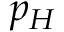
p _ { H }